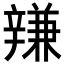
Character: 𨐩